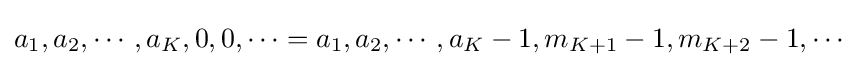
a_{1},a_{2},\cdots ,a_{K},0,0,\cdots =a_{1},a_{2},\cdots ,a_{K}-1,m_{K+1}-1,m_{K+2}-1,\cdots